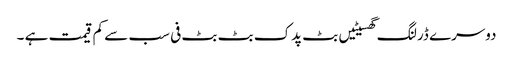
دوسرے ڈرلنگ گھسیٹیں بٹ پدک بٹ بٹ فی سب سے کم قیمت ہے ۔